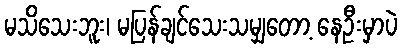
မသိသေးဘူး၊ မပြန်ချင်သေးသမျှတော့ နေဦးမှာပဲ